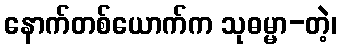
နောက်တစ်ယောက်က သုဓမ္မာ-တဲ့၊